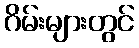
ဂိမ်းများတွင်